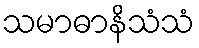
သမာဓာနိသံသံ